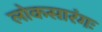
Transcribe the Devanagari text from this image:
लोकसारंगः